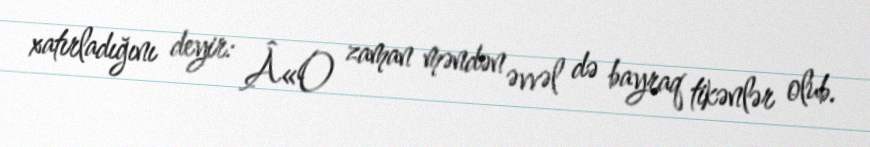
xatırladığını deyir: Â«O zaman məndən əvvəl də bayraq tikənlər olub.